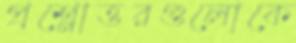
প্রশ্নোত্তরগুলোকে